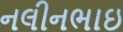
નલીનભાઇ